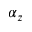
\alpha _ { z }